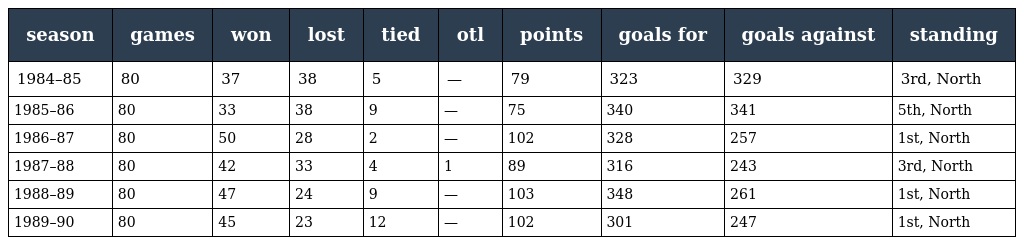
| season | games | won | lost | tied | otl | points | goals for | goals against | standing |
 | --- | --- | --- | --- | --- | --- | --- | --- | --- | --- |
 | 1984–85 | 80 | 37 | 38 | 5 | — | 79 | 323 | 329 | 3rd, North |
 | 1985–86 | 80 | 33 | 38 | 9 | — | 75 | 340 | 341 | 5th, North |
 | 1986–87 | 80 | 50 | 28 | 2 | — | 102 | 328 | 257 | 1st, North |
 | 1987–88 | 80 | 42 | 33 | 4 | 1 | 89 | 316 | 243 | 3rd, North |
 | 1988–89 | 80 | 47 | 24 | 9 | — | 103 | 348 | 261 | 1st, North |
 | 1989–90 | 80 | 45 | 23 | 12 | — | 102 | 301 | 247 | 1st, North |